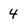
Character: 4